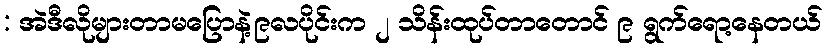
: အဲဒီလိုများတာမပြောနဲ့၉လပိုင်းက ၂ သိန်းထုပ်တာတောင် ၉ ရွက်ရော့နေတယ်